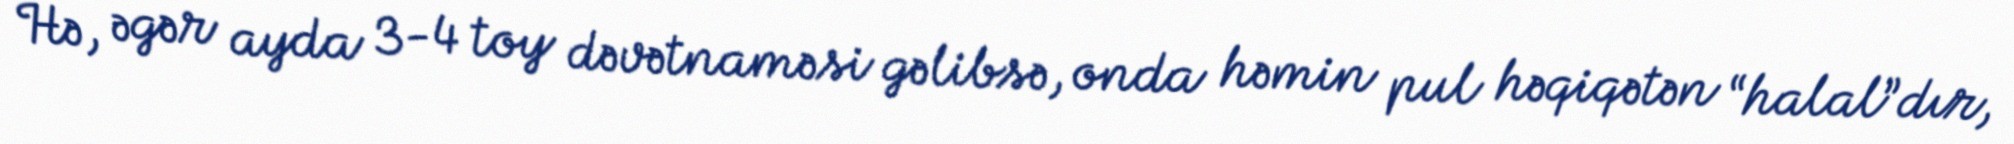
Hə, əgər ayda 3-4 toy dəvətnaməsi gəlibsə, onda həmin pul həqiqətən “halal”dır,